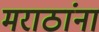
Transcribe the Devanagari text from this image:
मराठांना